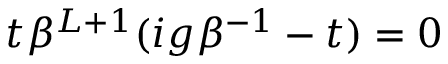
t \beta ^ { L + 1 } ( i g \beta ^ { - 1 } - t ) = 0